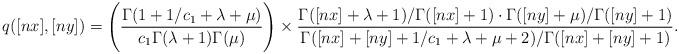
LaTeX: \begin{align*}q([nx],[ny])=\Biggl(\frac{\Gamma(1+1/c_1+\lambda+\mu)}{c_1\Gamma(\lambda+1)\Gamma(\mu)}\Biggr)\times \frac{\Gamma([nx]+\lambda+1)/\Gamma([nx]+1)\cdot \Gamma([ny]+\mu)/\Gamma([ny]+1)}{\Gamma([nx]+[ny]+1/c_1+\lambda+\mu+2)/\Gamma([nx]+[ny]+1)}.\end{align*}